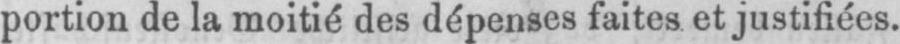
portion de la moitié des dépenses faites et justifiées.